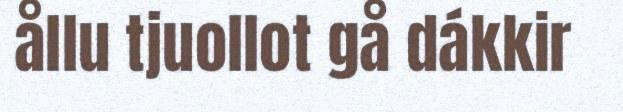
ållu tjuollot gå dákkir